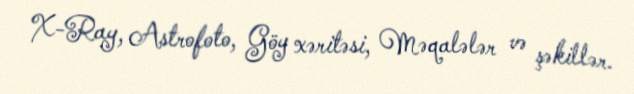
X-Ray, Astrofoto, Göy xəritəsi, Məqalələr və şəkillər.